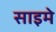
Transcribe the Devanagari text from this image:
साइमे